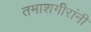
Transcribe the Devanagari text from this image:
तमाशगीरांनी